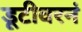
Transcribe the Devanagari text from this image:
डूटीवरनं